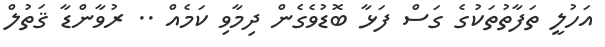
އަހުލީ ތަފާތުތަކުގެ ގަސް ފަޅާ ބޮޑުވެގެން ދިމާވި ކަމެއް .. ރުވާންޑާ ޤަތުލް